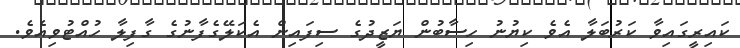
ކައިރީގައިވާ ކަރުބަލާ އެވެ ކިޔުނު ހިސާބުން ޔަޒީދުގެ ސިފައިން އެކަލޭގެފާނުގެ ގާފިލާ ހުއްޓުވިއެވެ.